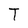
Character: T